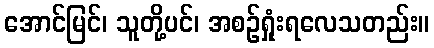
အောင်မြင်၊ သူတို့ပင်၊ အစဉ်ရှုံးရလေသတည်း။